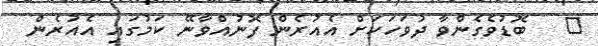
٥   ބޮޑުވެގެންވާ ދުވަހަކަށް އެއުރެން ފޮނުއްވާނޭ ކަމުގައި އެއުރެން